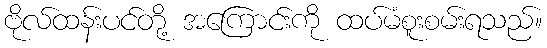
ဗိုလ်ထန်းပင်တို့ အကြောင်းကို ထပ်မံစူးစမ်းရသည်။